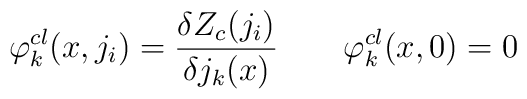
\varphi_k^{cl}(x, j_i) =  {\delta Z_c(j_i)  \over \delta j_k (x)}\qquad \varphi_k^{cl} (x,0) = 0